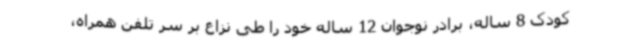
کودک 8 ساله، برادر نوجوان 12 ساله خود را طی نزاع بر سر تلفن همراه،